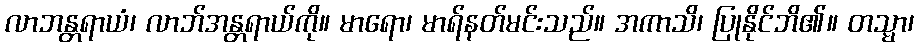
လာဘန္တရာယံ၊ လာဘ်အန္တရာယ်ကို။ မာရော၊ မာရ်နတ်မင်းသည်။ အကာသိ၊ ပြုနိုင်ဘိ၏။ တသ္မာ၊